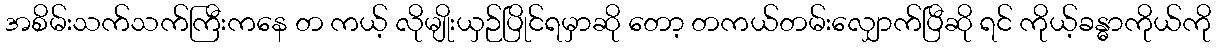
အစိမ်းသက်သက်ကြီးကနေ တ ကယ့် လိုမျိုးယှဉ်ပြိုင်ရမှာဆို တော့ တကယ်တမ်းလျှောက်ပြီဆို ရင် ကိုယ့်ခန္ဓာကိုယ်ကို